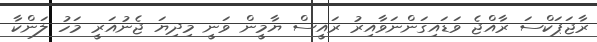
ރާޖަޕަކްސަ ރާއްޖެ ވަޑައިގަންނަވާއިރު ރައީސް ޔާމީން ވަނީ މިދިޔަ ޖެނުއަރީ މަހު ލަންކާ